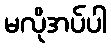
မလိုအပ်ပါ